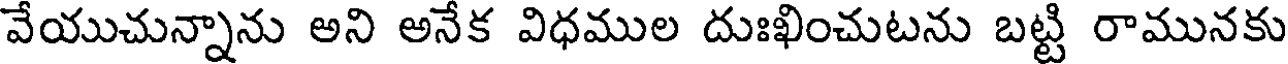
వేయుచున్నాను అని అనేక విధముల దుఃఖించుటను బట్టి రామునకు